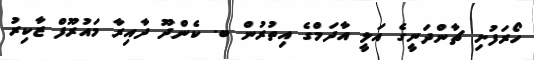
ހޯރަފުށި ޗާންދަނީގެ އަލީ އާދަމްގެ އިތުރުން ބ. ކެންދޫ ދާއިރާ މައުރޫފް ޒާކިރު